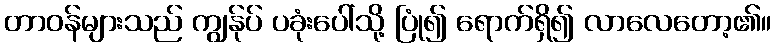
တာဝန်များသည် ကျွန်ုပ် ပခုံးပေါ်သို့ ပြုံ၍ ရောက်ရှိ၍ လာလေတော့၏။